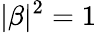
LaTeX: |\beta|^{2}=1